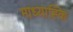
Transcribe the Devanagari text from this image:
माध्याह्कि